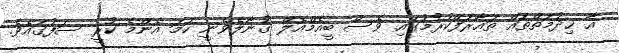
އާ ޚިދުމަތްތައް ތައާރަފްކުރުމުގައި ވެސް ބީއެމްއެލް ގުނާލެވެނީ ހަމަ އެންމެ ކުރީ ސަފުގައެވެ.